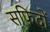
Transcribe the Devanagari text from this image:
सफिदों